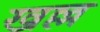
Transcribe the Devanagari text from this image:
खल्ल